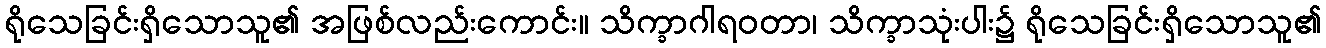
ရိုသေခြင်းရှိသောသူ၏ အဖြစ်လည်းကောင်း။ သိက္ခာဂါရဝတာ၊ သိက္ခာသုံးပါး၌ ရိုသေခြင်းရှိသောသူ၏